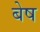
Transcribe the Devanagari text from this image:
बेष